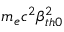
m _ { e } c ^ { 2 } \beta _ { t h 0 } ^ { 2 }